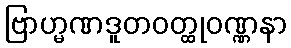
ဗြာဟ္မဏဒူတဝတ္ထုဝဏ္ဏနာ